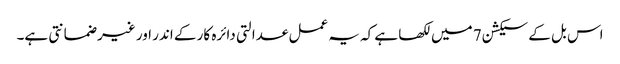
اس بل کے سیکشن 7 میں لکھا ہے کہ یہ عمل عدالتی دائرہ کار کے اندر اور غیر ضمانتی ہے۔